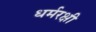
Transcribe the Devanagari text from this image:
धर्मरक्षी